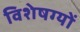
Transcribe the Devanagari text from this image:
विशेषग्यों